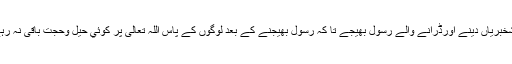
خوشخبریاں دینے اورڈرانے والے رسول بھیجے تا کہ رسول بھیجنے کے بعد لوگوں کے پاس اللہ تعالی پر کوئي حیل وحجت باقی نہ رہے ۔